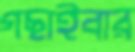
গছাইবার